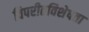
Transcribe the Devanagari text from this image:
विपरीतविशेषता